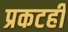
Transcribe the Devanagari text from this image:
प्रकटही